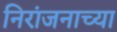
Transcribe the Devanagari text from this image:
निरांजनाच्या